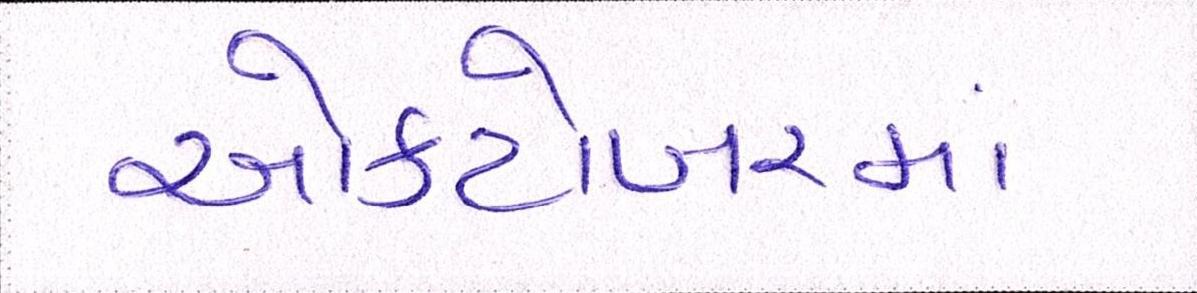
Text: ઓક્ટોબરમાં